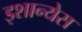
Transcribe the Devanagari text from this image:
इशान्येस